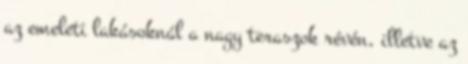
az emeleti lakásoknál a nagy teraszok révén, illetve az